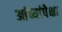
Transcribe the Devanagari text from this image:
आंब्यांपेक्षा